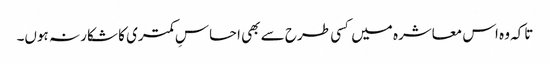
تاکہ وہ اس معاشرہ میں کسی طرح سے بھی احساسِ کمتری کا شکار نہ ہوں۔